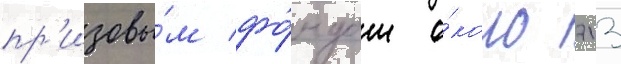
пр'изовы́м фо́ндом о́коло 713